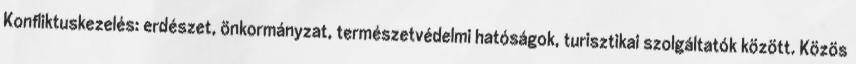
Konfliktuskezelés: erdészet, önkormányzat, természetvédelmi hatóságok, turisztikai szolgáltatók között. Közös